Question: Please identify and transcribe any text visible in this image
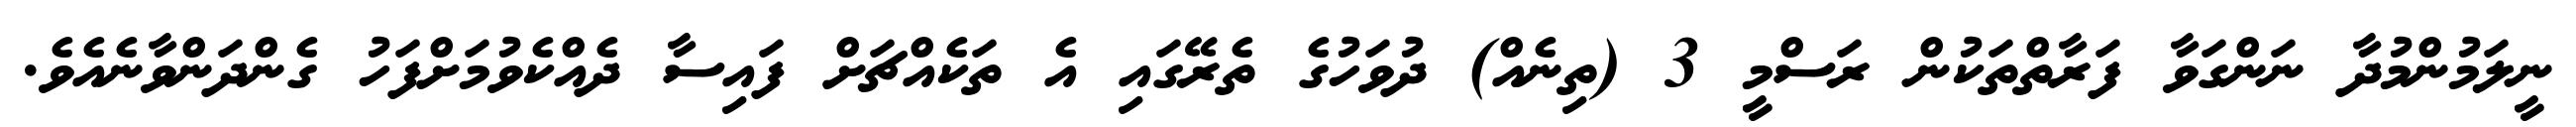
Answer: ނީލަމުންމުދާ ނަންގަވާ ފަރާތްތަކުން ރަސްމީ 3 (ތިނެއް) ދުވަހުގެ ތެރޭގައި އެ ތަކެއްޗަށް ފައިސާ ދެއްކެވުމަށްފަހު ގެންދަންވާނެއެވެ.